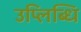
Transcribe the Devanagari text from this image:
उप्लिब्धि